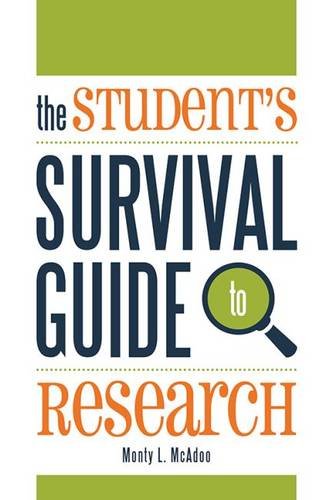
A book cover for The Student's Survival Guide to Research; Monty L. McAdoo; Politics & Social Sciences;